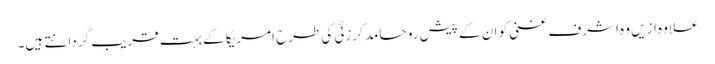
علاوہ ازیں وہ اشرف غنی کو ان کے پیش رو حامد کرزئی کی طرح امریکا کے بہت قریب گردانتے ہیں۔